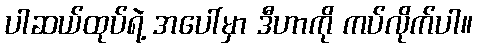
ပါဆယ်ထုပ်ရဲ့ အပေါ်မှာ ဒီဟာကို ကပ်လိုက်ပါ။